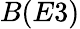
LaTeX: B(E3)